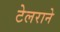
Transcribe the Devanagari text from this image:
टेलराने